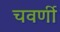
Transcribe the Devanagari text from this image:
चवर्णी